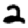
Digit: 2